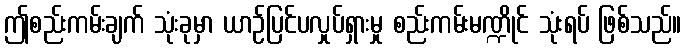
ဤစည်းကမ်းချက် သုံးခုမှာ ယာဉ်ပြင်ပလှုပ်ရှားမှု စည်းကမ်းမဏ္ဍိုင် သုံးရပ် ဖြစ်သည်။